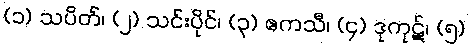
(၁) သပိတ်၊ (၂) သင်းပိုင်၊ (၃) ဧကသီ၊ (၄) ဒုကုဋ်၊ (၅)